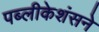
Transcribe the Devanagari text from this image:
पब्लीकेशंसने